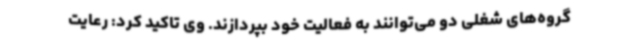
گروه‌های شغلی دو می‌توانند به فعالیت خود بپردازند. وی تاکید کرد: رعایت